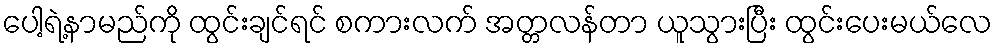
ပေါ့ရဲ့နာမည်ကို ထွင်းချင်ရင် စကားလက် အတ္တလန်တာ ယူသွားပြီး ထွင်းပေးမယ်လေ